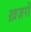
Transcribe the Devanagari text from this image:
ख़ज़रों